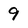
Character: 9